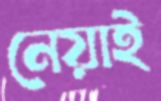
নেয়াই